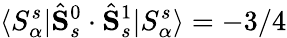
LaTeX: \langle S_{\alpha}^{s}|\hat{\mathbf{S}}_{s}^{0}\cdot\hat{\mathbf{S}}_{s}^{1}|S_{\alpha}^{s}\rangle=-3/4